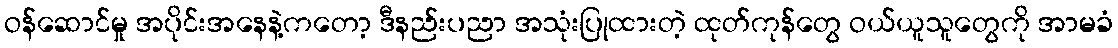
ဝန်ဆောင်မှု အပိုင်းအနေနဲ့ကတော့ ဒီနည်းပညာ အသုံးပြုထားတဲ့ ထုတ်ကုန်တွေ ဝယ်ယူသူတွေကို အာမခံ